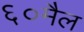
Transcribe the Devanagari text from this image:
६०मैल